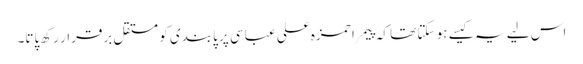
اس لیے یہ کیسے ہو سکتا تھا کہ پیمرا حمزہ علی عباسی پر پابندی کو مستقل برقرار رکھ پاتا۔